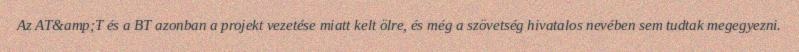
Az AT&amp;T és a BT azonban a projekt vezetése miatt kelt ölre, és még a szövetség hivatalos nevében sem tudtak megegyezni.